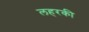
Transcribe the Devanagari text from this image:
लहरकी